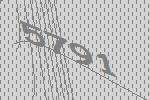
5791